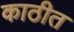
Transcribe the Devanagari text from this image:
काठीत